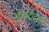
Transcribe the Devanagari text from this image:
आनंदोद्गार